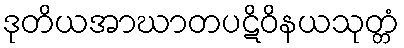
ဒုတိယအာဃာတပဋိဝိနယသုတ္တံ